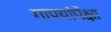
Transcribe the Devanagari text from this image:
गाण्यांपेक्षा